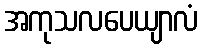
အကုသလပေယျာလံ